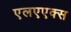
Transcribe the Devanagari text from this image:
एलएएक्स